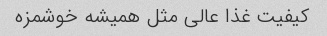
کیفیت غذا عالی مثل همیشه خوشمزه